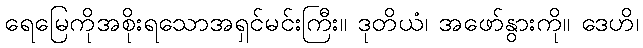
ရေမြေကိုအစိုးရသောအရှင်မင်းကြီး။ ဒုတိယံ၊ အဖော်နွားကို။ ဒေဟိ၊